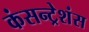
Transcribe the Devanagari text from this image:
कंसन्ट्रेशंस